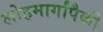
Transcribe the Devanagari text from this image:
लोहमार्गांपैकी